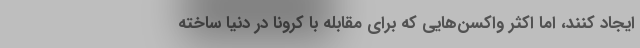
ایجاد کنند، اما اکثر واکسن‌هایی که برای مقابله با کرونا در دنیا ساخته